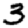
Digit: 3